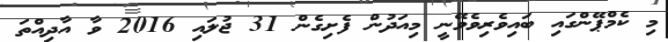
މި ކެމްޕޭންގައި ބައިވެރިވެވޭނީ މިއަދުން ފެށިގެން 31 ޖުލައި 2016 ވާ އާދިއްތަ